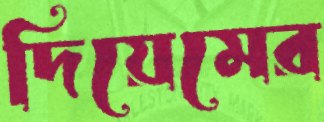
দিয়েমের